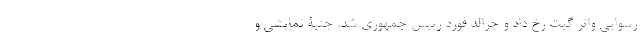
رسوایی واتر گیت رخ داد و جرالد فورد رییس جمهوری شد. جنبۀ نمایشی و